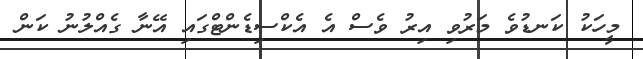
މީހަކު ކަނޑުވެ މަރުވި އިރު ވެސް އެ އެކްސިޑެންޓްގައި އޭނާ ގެއްލުނު ކަން